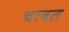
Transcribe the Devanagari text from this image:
चाबल